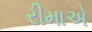
રીમાએ